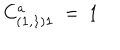
LaTeX: C _ { ( { \bf 1 } , { \bf 1 } ) { \bf 1 } } ^ { a } \ = \ 1 \quad